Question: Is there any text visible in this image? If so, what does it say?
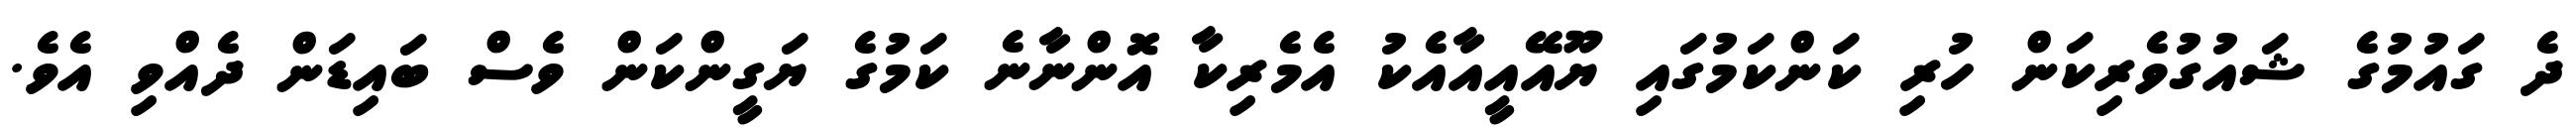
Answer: ދެ ގައުމުގެ ޝައުގުވެރިކަން ހުރި ކަންކަމުގައި ޔޫއޭއީއާއެކު އެމެރިކާ އޮންނާނެ ކަމުގެ ޔަގީންކަން ވެސް ބައިޑަން ދެއްވި އެވެ.